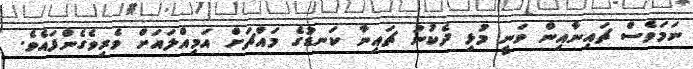
ނަމަވެސް ޗައިނާއިން ވަނީ މުޅި ދެކުނު ޗައިނާ ކަނޑުގެ މައްޗަށް އަމިއްލައަށް ވެރިވެގެންފައެވެ.